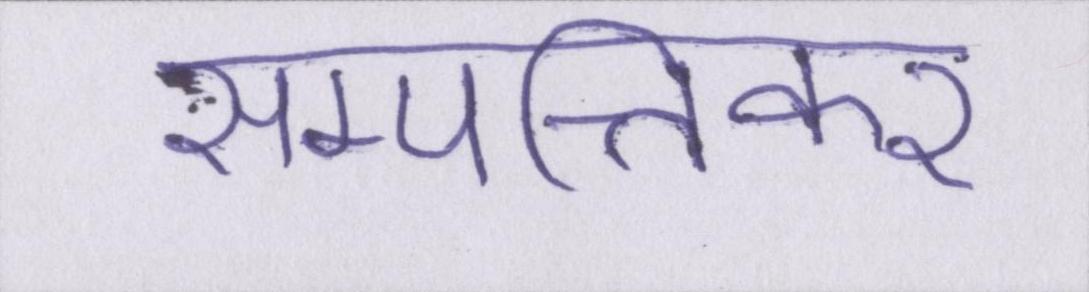
सम्पत्तिकर